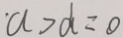
a > d = 0